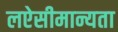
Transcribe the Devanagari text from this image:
लऐसीमान्यता